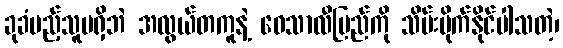
ခုခံမည့်သူမရှိဘဲ အလွယ်တကူနဲ့ ဝေသာလီပြည်ကို သိမ်းပိုက်နိုင်ပါသတဲ့၊